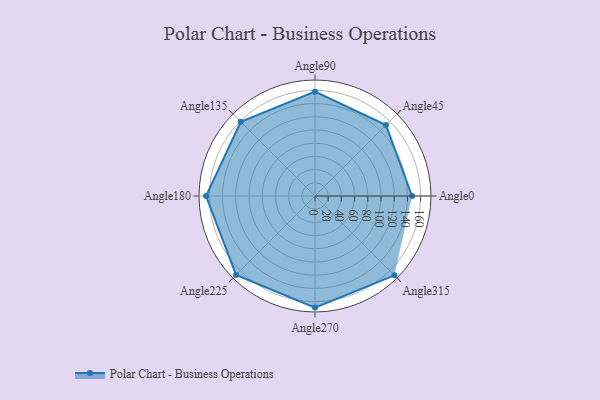
{"axis": {"x": "Angle", "y": "Radius"}, "legend": [""], "data": [{"x": "Angle0", "y": 147.0, "type": ""}, {"x": "Angle45", "y": 152.0, "type": ""}, {"x": "Angle90", "y": 158.0, "type": ""}, {"x": "Angle135", "y": 159.0, "type": ""}, {"x": "Angle180", "y": 165.0, "type": ""}, {"x": "Angle225", "y": 169.0, "type": ""}, {"x": "Angle270", "y": 169.0, "type": ""}, {"x": "Angle315", "y": 170, "type": ""}]}